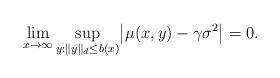
LaTeX: \begin{align*}\lim_{x \to \infty} \sup_{y : \|y\|_d \leq b(x)} \bigl| \mu (x,y) - \gamma \sigma^2 \bigr| = 0 .\end{align*}